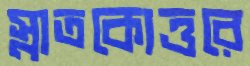
স্নাতকোত্তরে